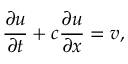
{ \frac { \partial u } { \partial t } } + c { \frac { \partial u } { \partial x } } = v ,